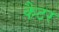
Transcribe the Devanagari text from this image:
कैटर